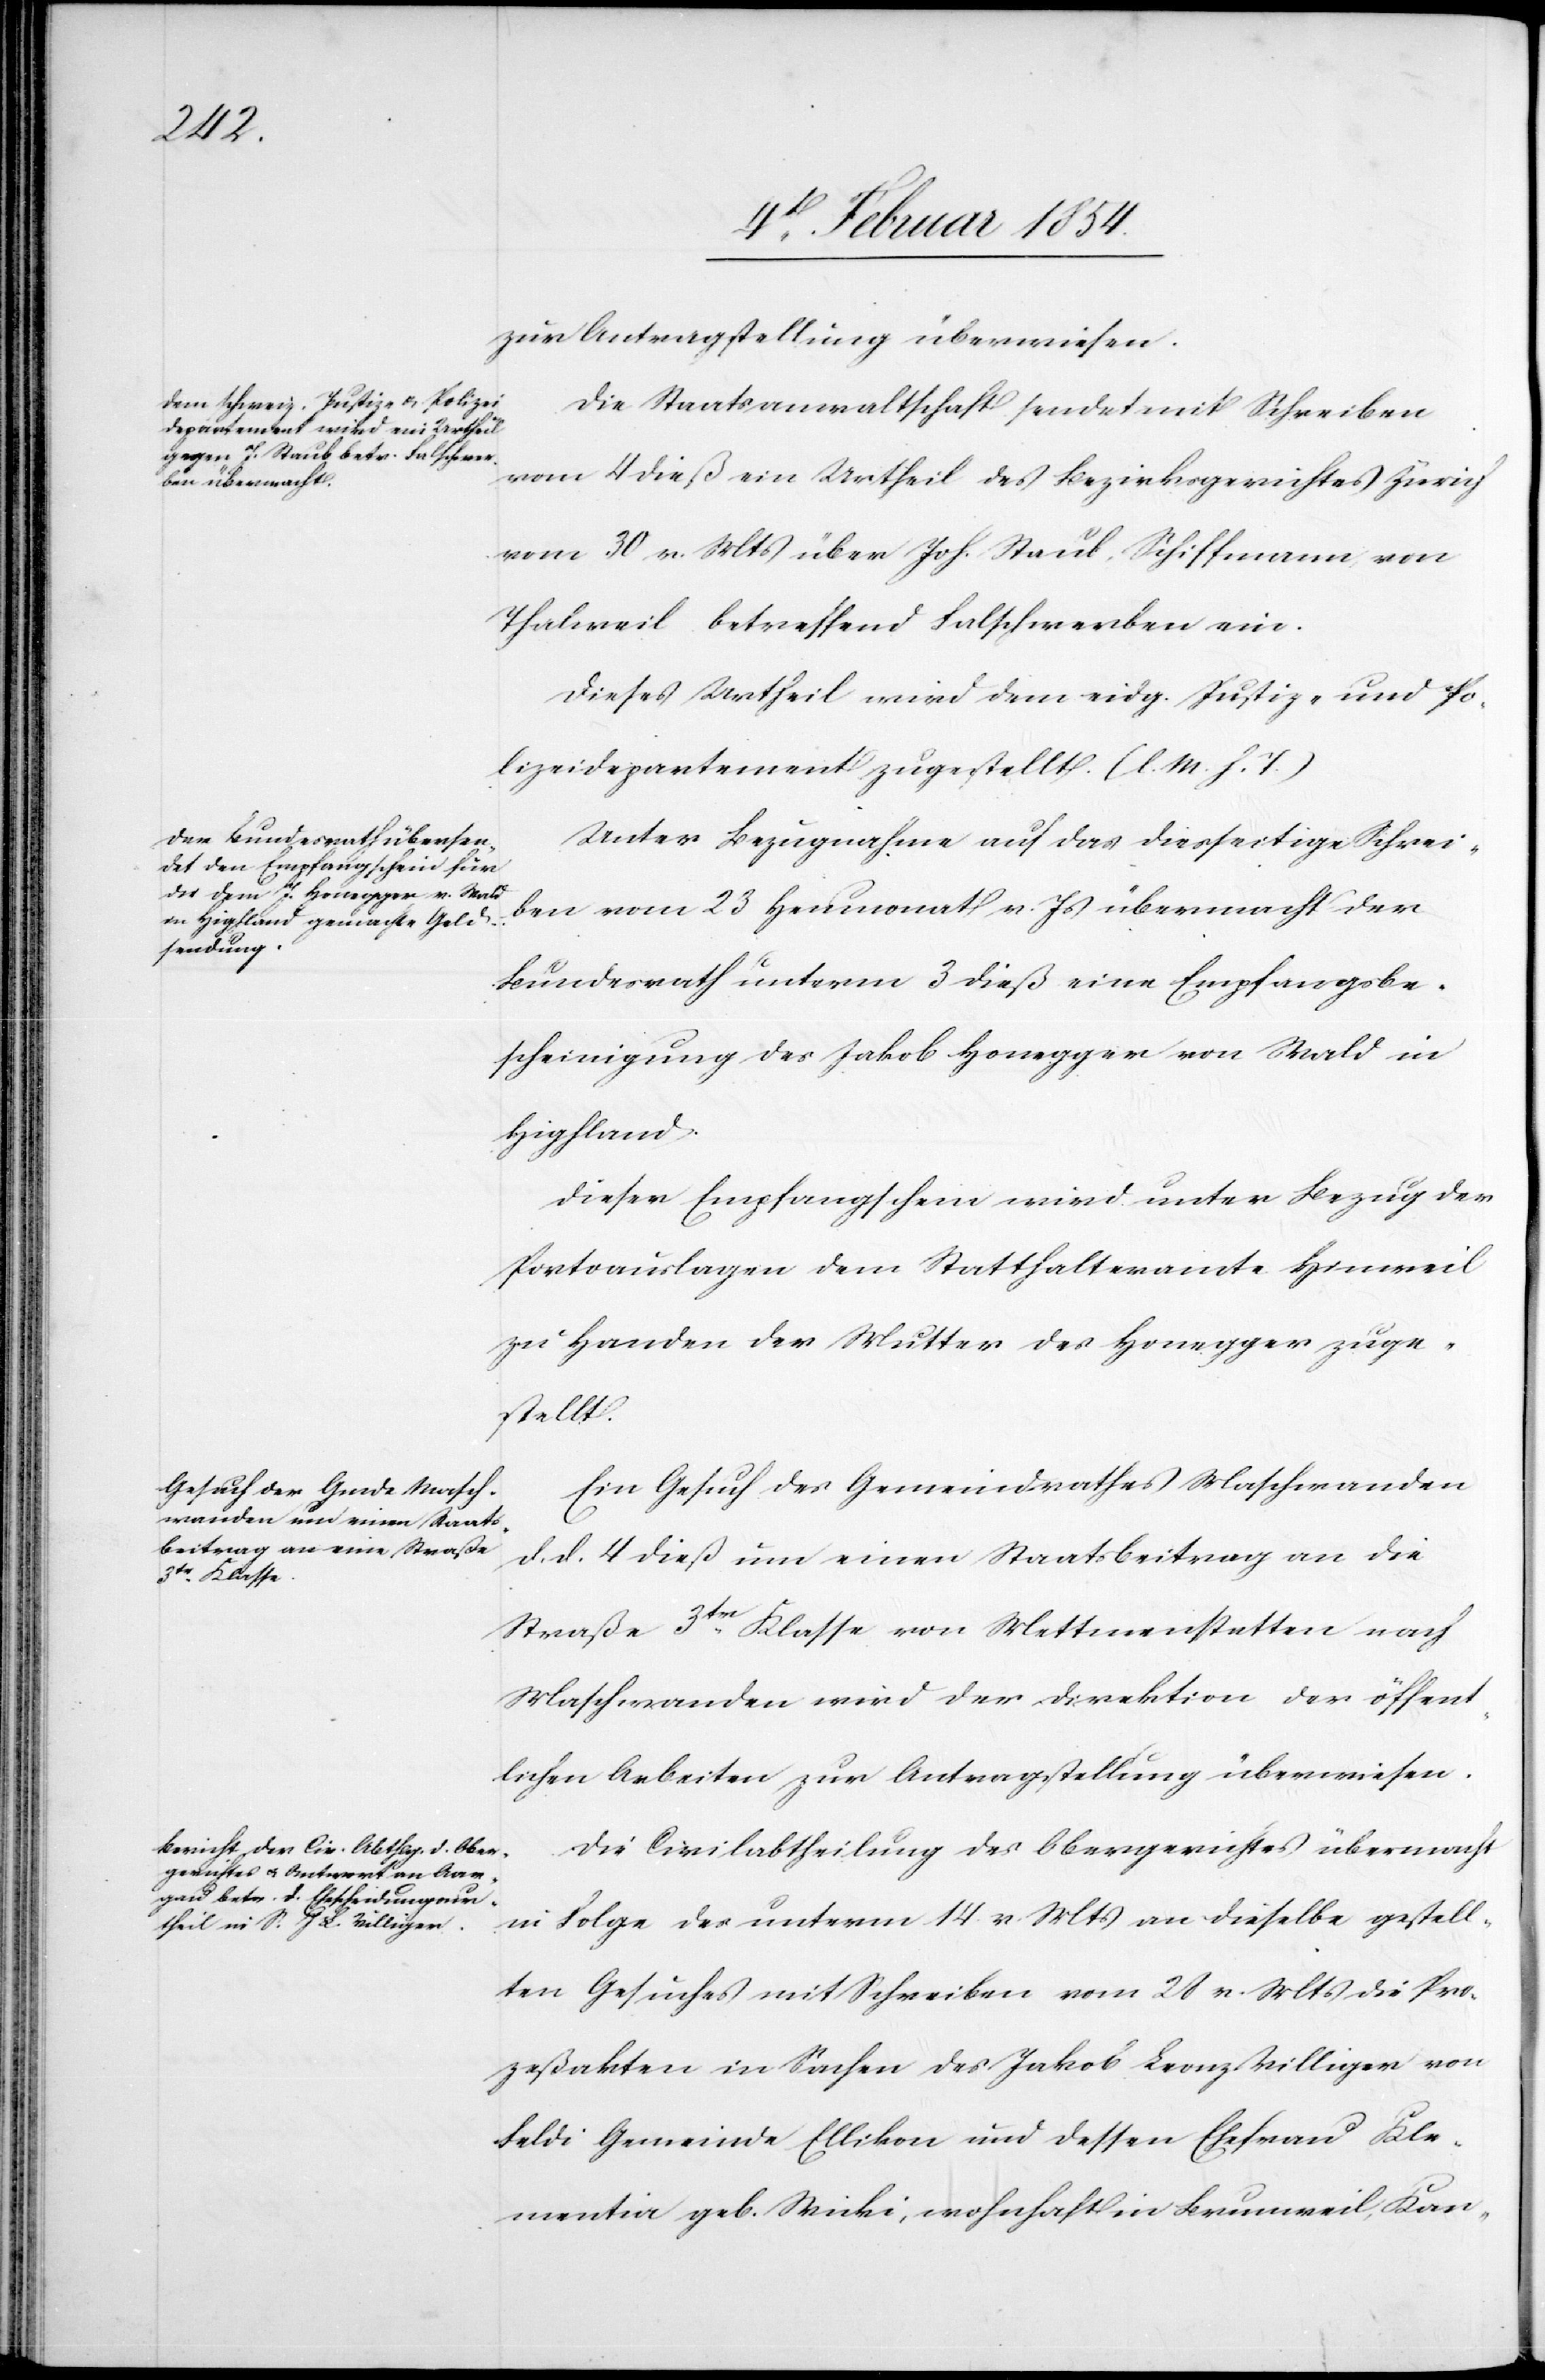
den
6t Februar 1854.]
zur Antragstellung überwiesen.
Die Staatsanwaltschaft sendet mit Schreiben
vom 4 dieß ein Urtheil des Bezirksgerichts Zürich
vom 30 v. Mts über Joh. Staub, Schiffmann, von
Thalweil betreffend Falschwerben ein.
Dieses Urtheil wird dem eidg. Justiz- und Po¬
lizeidepartement zugestellt. (l. M. h. T.)
Unter Bezugnahme auf das diesseitige Schrei¬
ben vom 23 Heumonat v. Js übermacht der
Bundesrath unterm 3 dieß eine Empfangsbe¬
scheinigung des Jakob Honegger von Wald in
Highland.
Dieser Empfangschein wird unter Bezug der
Portoauslagen dem Statthalteramt Hinweil
zu Handen der Mutter des Honegger zuge¬
stellt.
Ein Gesuch des Gemeindrathes Maschwanden
d. d. 4 dieß um einen Staatsbeitrag an die
Straße 3tr Klasse von Mettmenstetten nach
Maschwanden wird der Direktion der öffent¬
lichen Arbeiten zur Antragstellung überwiesen.
Die Civilabtheilung des Obergerichtes übermacht
in Folge der unterm 14 v. Mts an dieselbe gestell¬
ten Gesuches mit Schreiben vom 28 v. Mts die Pro¬
zeßakten in Sachen des Jakob Leonz Villiger von
Feldi Gemeinde Ellikon und dessen Ehefrau Kle¬
mentia geb. Wicki, wohnhaft in Brunnweil, Kan-